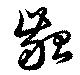
齠